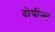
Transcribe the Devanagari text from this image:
दोषींना